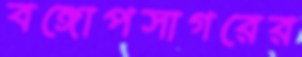
বঙ্গোপসাগরের